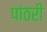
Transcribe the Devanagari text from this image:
पांठरी